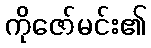
ကိုဇော်မင်း၏